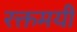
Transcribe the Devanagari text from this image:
रक्तमयी